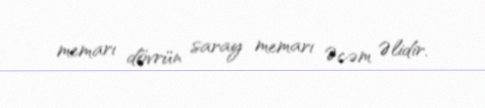
memarı dövrün saray memarı Əcəm Əlidir.